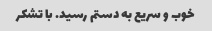
خوب و سریع به دستم رسید. با تشکر